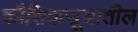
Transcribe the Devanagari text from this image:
कौशिकसूत्रातील